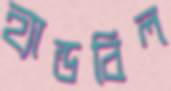
হ্যান্ডবিল